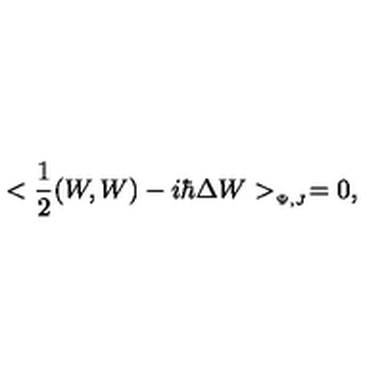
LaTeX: < { \frac { 1 } { 2 } } ( W , W ) - i \hbar \Delta W > _ { _ { \Psi , J } } = 0 ,